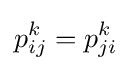
p_{ij}^{k}=p_{ji}^{k}